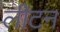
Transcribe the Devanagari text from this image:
लीटन